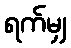
ရက်မျှ